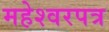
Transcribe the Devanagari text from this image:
महेश्वरपत्र